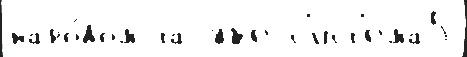
наро́дом та уже с'ист'ема5